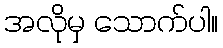
အလိုမှ သောက်ပါ။